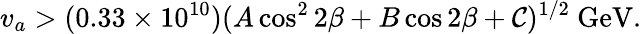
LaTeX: v_{a}>(0.33\times10^{10})(A\cos^{2}2\beta+B\cos2\beta+\mathcal{C})^{1/2}\ \mathrm{{GeV}}.